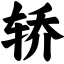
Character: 轿